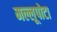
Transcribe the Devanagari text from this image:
मल्लूपोटा